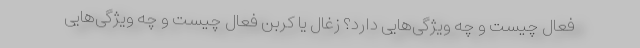
فعال چیست و چه ویژگی‌هایی دارد؟ زغال یا کربن فعال چیست و چه ویژگی‌هایی